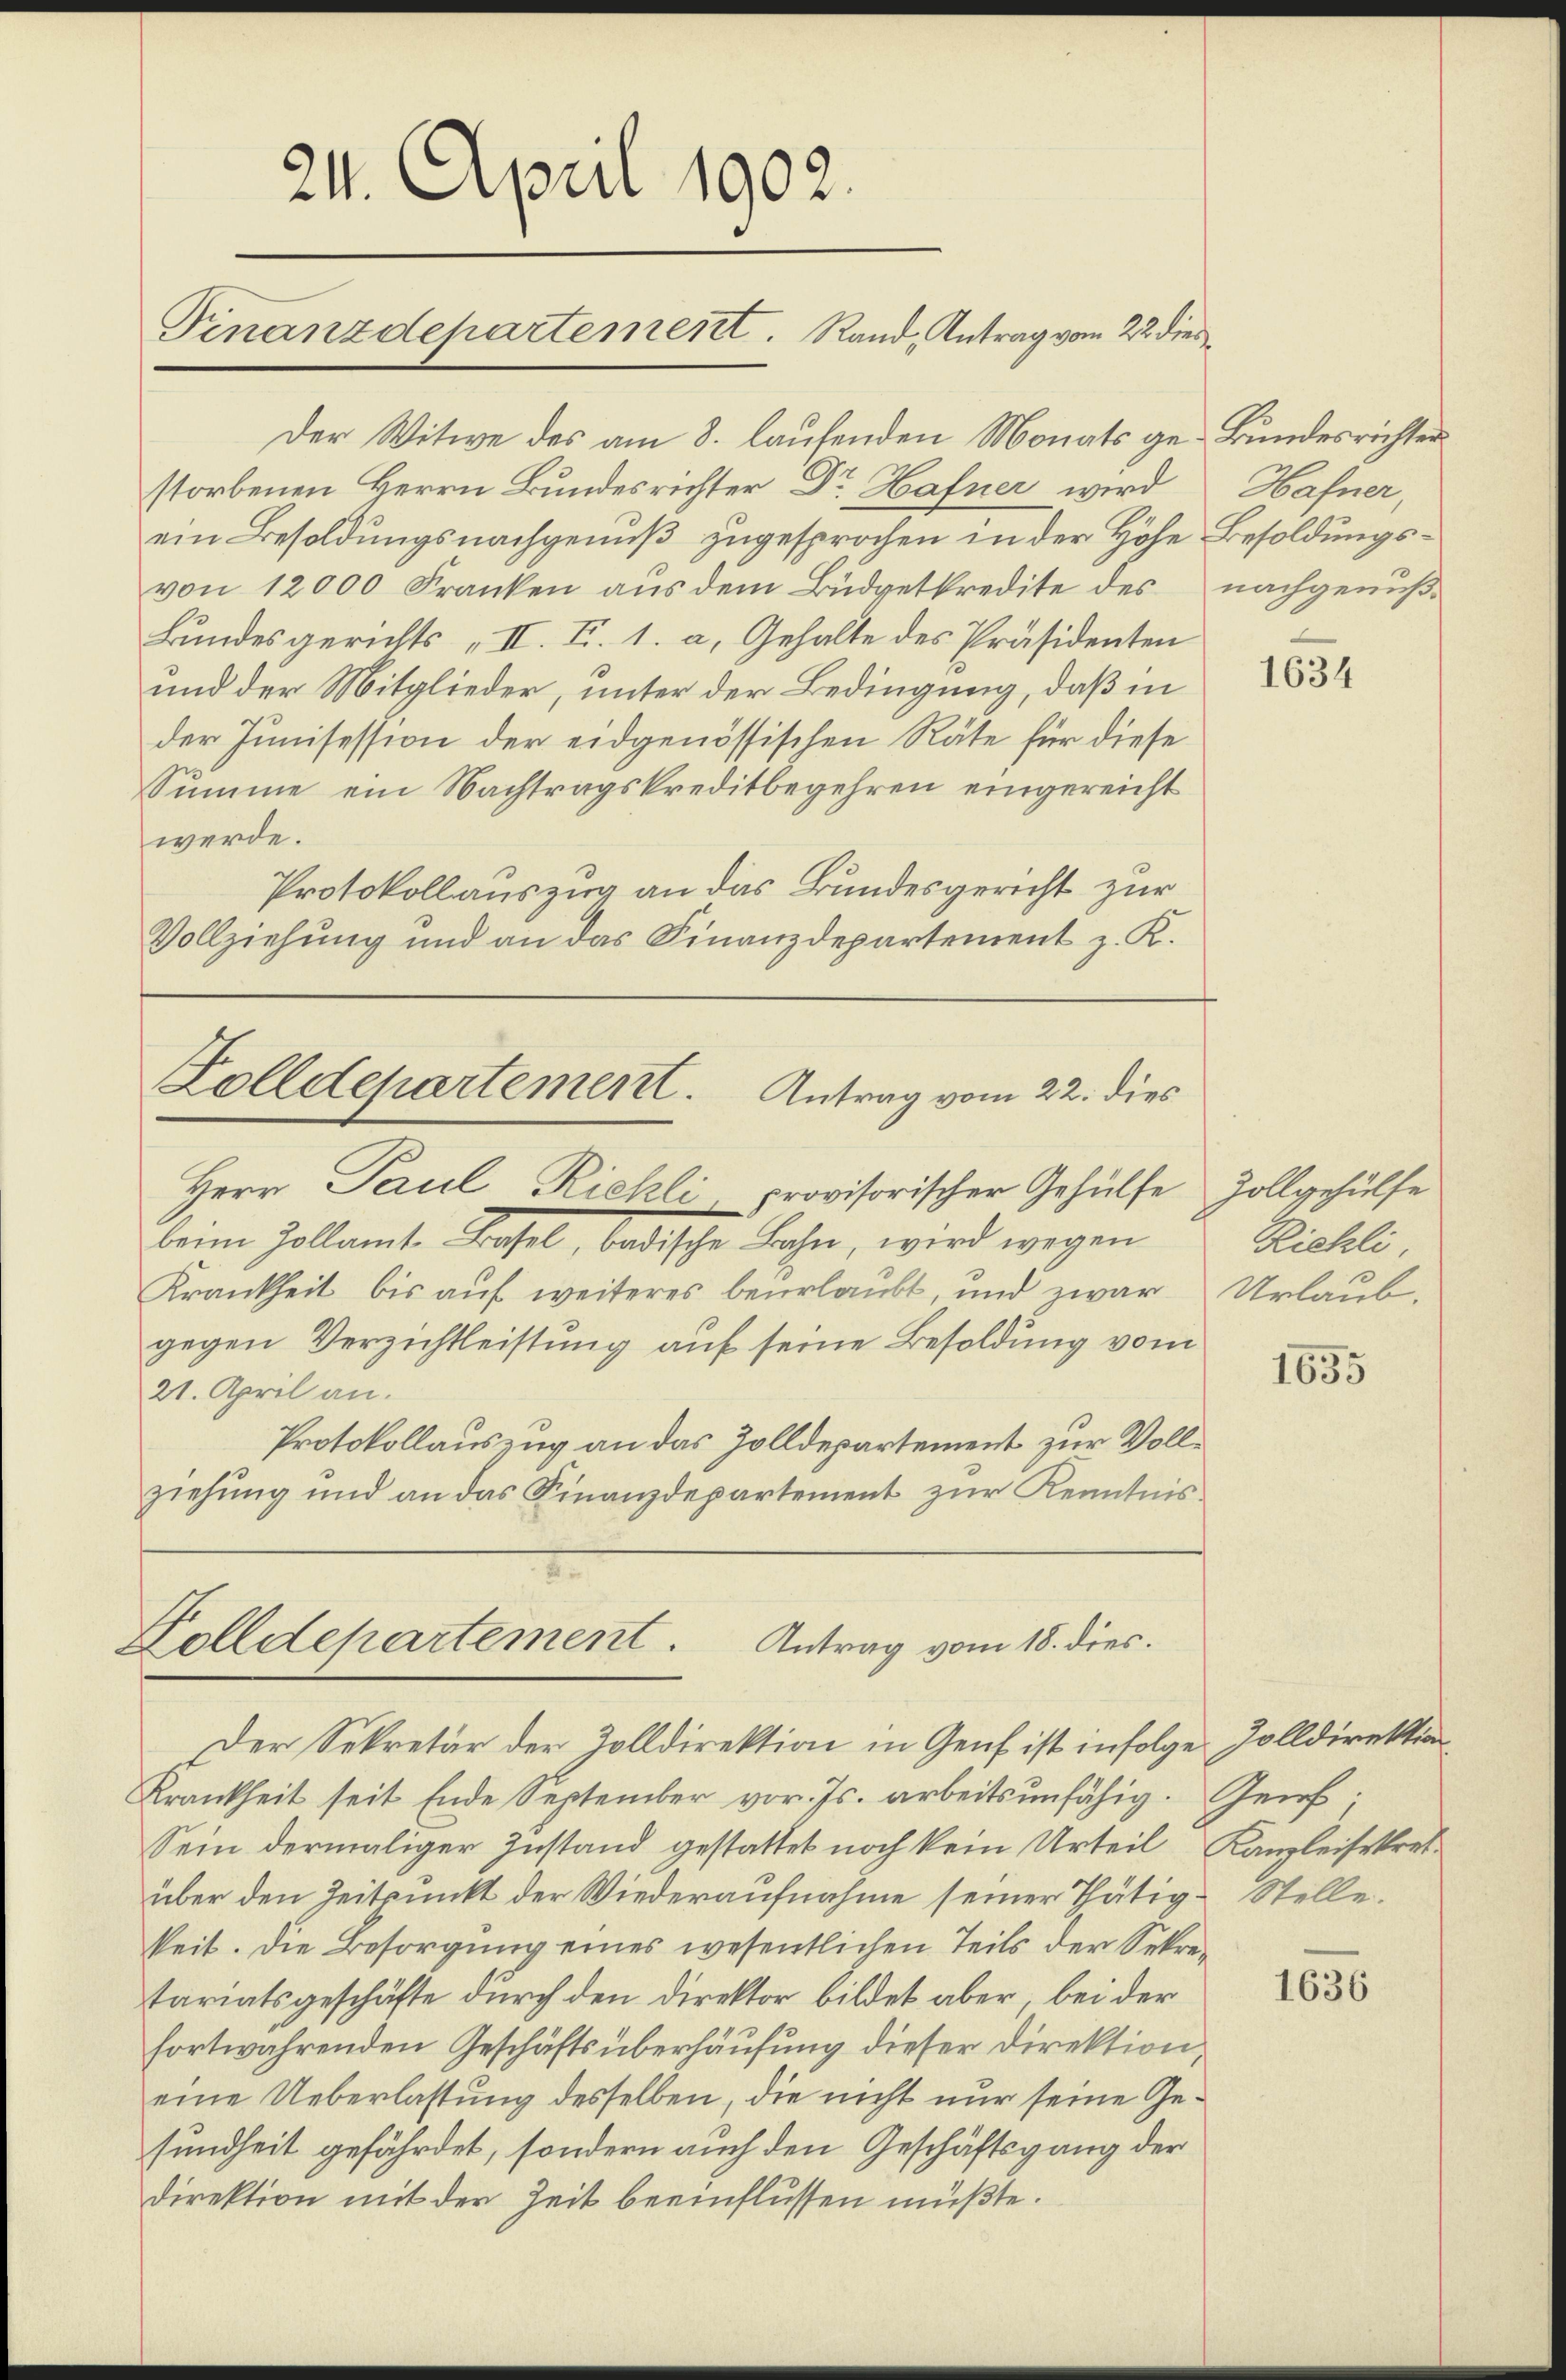
24. April 1902.
Finanzdepartement. Rand, Antrag vom 22 dies

Der Witwe des am 8. laufenden Monats ge-Bundesrichter
storbenen Herrn Bundesrichter Dr Hafner wird
ein Besoldungsnachgenuß zugesprochen in der Höhe Besoldungsvon 12000 Franken aus dem Büdgetkredite des
Bundesgerichts II. I. 1. a. Gehalte des Präsidenten
und der Mitglieder, unter der Bedingung, daß in
der Junisession der eidgenössischen Räte für diese
Summe ein Nachtragskreditbegehren eingereicht
werde.
Protokollauszug an das Bundesgericht zur
Vollziehung und an das Finanzdepartement z. K.

Zolldepartement. Antrag vom 22. dies
Herr Paul Richli, provisorischer Gehülfe Zollgehülfe

beim Zollamt Basel, badische Laher, wird wegen
Krankheit bis auf weiteres beurlaubt, und zwar
gegen Verzichtleistung auf seine Besoldung vom
21. April an.
Protokollauszug an das Zolldepartement zur Vollziehung und an das Finanzdepartement zur Kenntnis

Zolldepartement
Antrag vom 18. dies.
Der Sekretär der Zolldirektion in Genf ist infolge Zolldirektion

Krankheit seit Ende September vor. Js. arbeitsunfähig. Genf.
Sein dermaliger Zustand gestattet noch kein Urteil, Kanzleisekretüber den Zeitpunkt der Wiederaufnahme seiner Thätig- Stelle.
keit. Die Besorgung eines wesentlichen Teils der Sekretariatsgeschäfte durch den direktor bildet aber, bei der
fortwährenden Geschäftsüberhausung dieser Direktion,
eine Ueberlastung desselben, die nicht nur seine Gesundheit gefährdet, sondern auch den Geschäftsgang der
direktion mit der Zeit beeinflüssen müßte.

Hafner,
nachgenuß.

1634

Richli
Urlaub.

1635

1636